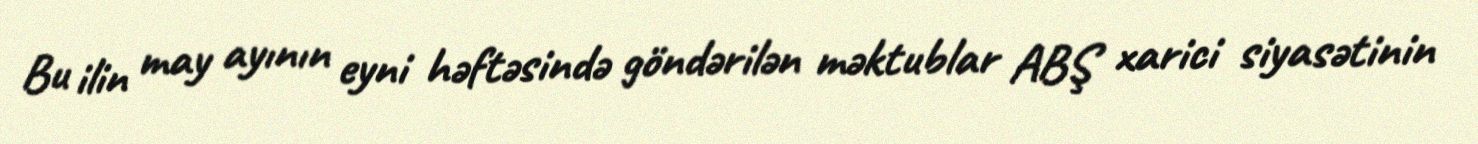
Bu ilin may ayının eyni həftəsində göndərilən məktublar ABŞ xarici siyasətinin